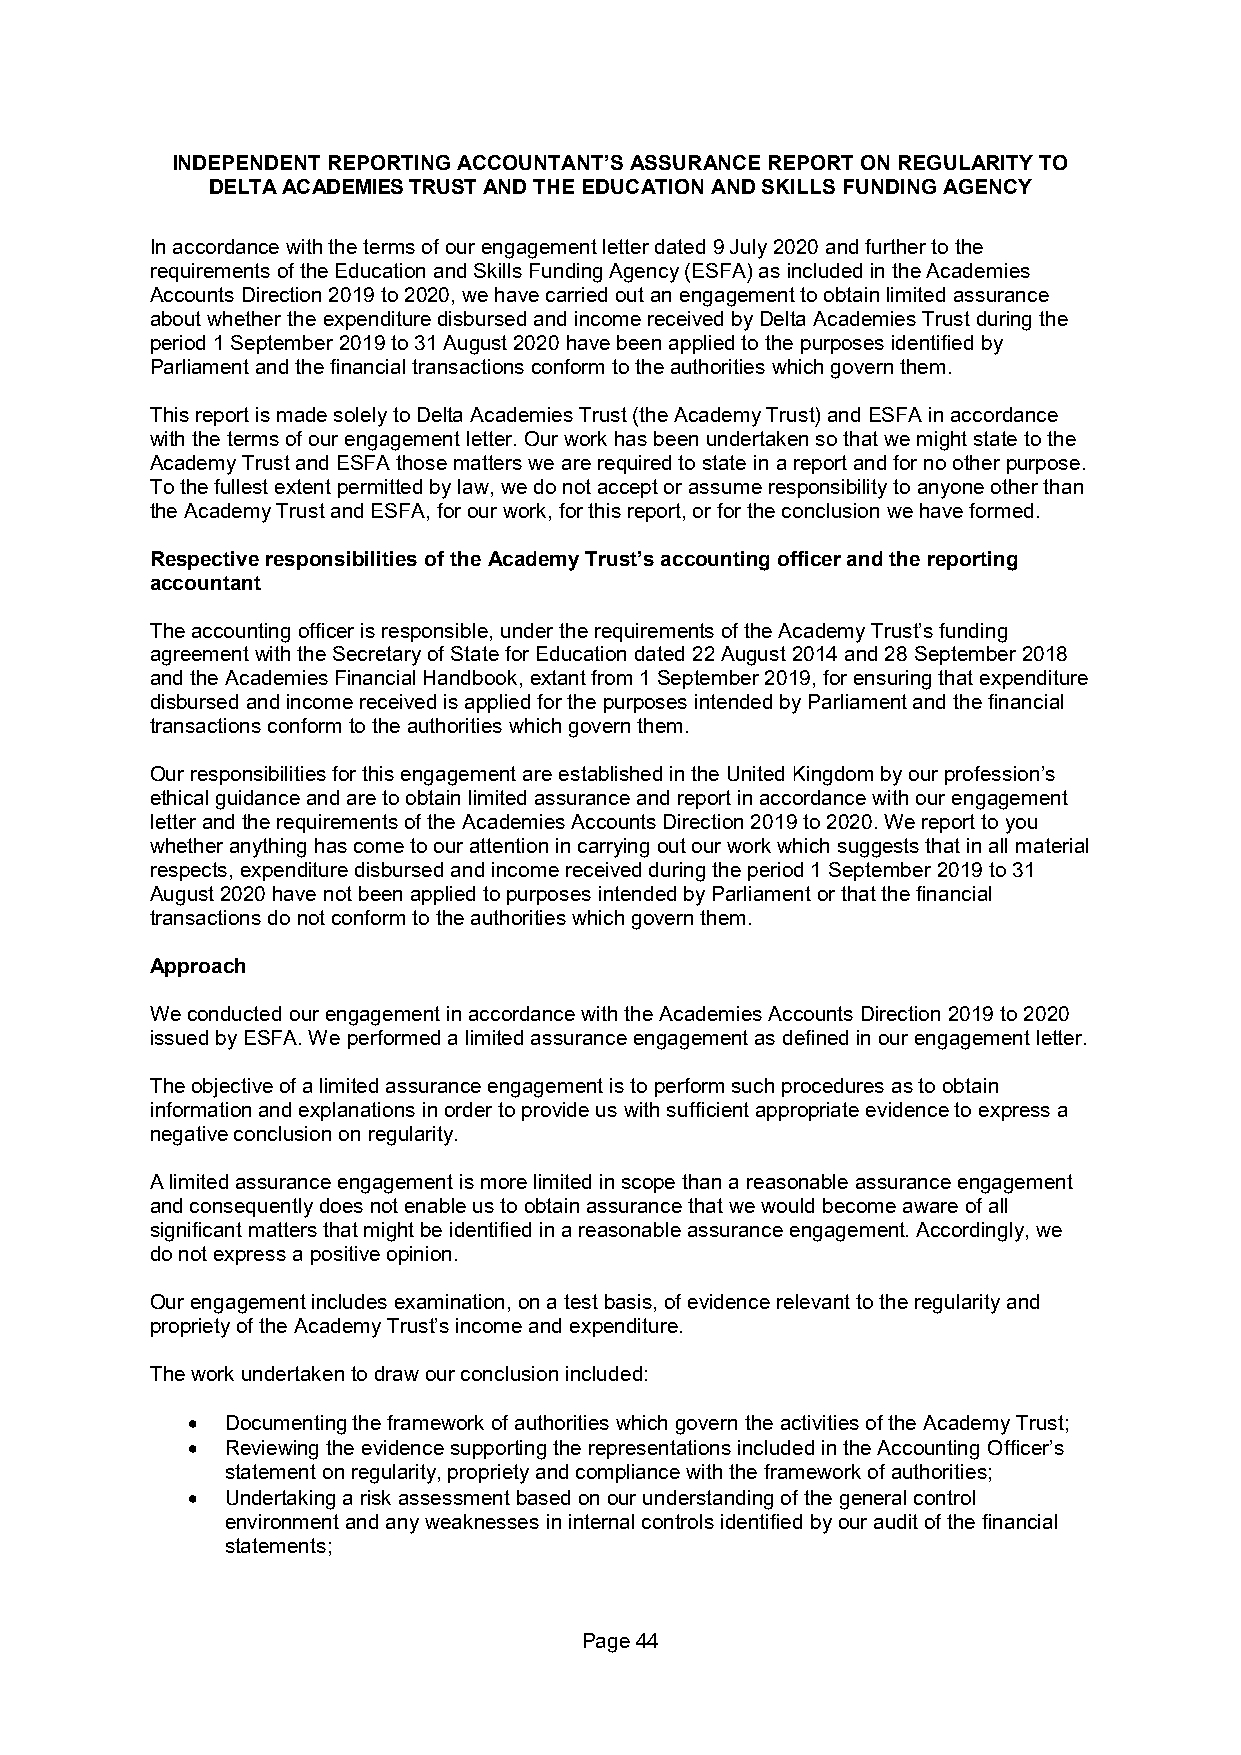
INDEPENDENT REPORTING ACCOUNTANT’S ASSURANCE REPORT ON REGULARITY TO
 DELTA ACADEMIES TRUST AND THE EDUCATION AND SKILLS FUNDING AGENCY
 In accordance with the terms of our engagement letter dated 9 July 2020 and further to the
 requirements of the Education and Skills Funding Agency (ESFA) as included in the Academies
 Accounts Direction 2019 to 2020, we have carried out an engagement to obtain limited assurance
 about whether the expenditure disbursed and income received by Delta Academies Trust during the
 period 1 September 2019 to 31 August 2020 have been applied to the purposes identified by
 Parliament and the financial transactions conform to the authorities which govern them.
 This report is made solely to Delta Academies Trust (the Academy Trust) and ESFA in accordance
 with the terms of our engagement letter. Our work has been undertaken so that we might state to the
 Academy Trust and ESFA those matters we are required to state in a report and for no other purpose.
 To the fullest extent permitted by law, we do not accept or assume responsibility to anyone other than
 the Academy Trust and ESFA, for our work, for this report, or for the conclusion we have formed.
 Respective responsibilities of the Academy Trust’s accounting officer and the reporting
 accountant
 The accounting officer is responsible, under the requirements of the Academy Trust’s funding
 agreement with the Secretary of State for Education dated 22 August 2014 and 28 September 2018
 and the Academies Financial Handbook, extant from 1 September 2019, for ensuring that expenditure
 disbursed and income received is applied for the purposes intended by Parliament and the financial
 transactions conform to the authorities which govern them.
 Our responsibilities for this engagement are established in the United Kingdom by our profession’s
 ethical guidance and are to obtain limited assurance and report in accordance with our engagement
 letter and the requirements of the Academies Accounts Direction 2019 to 2020. We report to you
 whether anything has come to our attention in carrying out our work which suggests that in all material
 respects, expenditure disbursed and income received during the period 1 September 2019 to 31
 August 2020 have not been applied to purposes intended by Parliament or that the financial
 transactions do not conform to the authorities which govern them.
 Approach
 We conducted our engagement in accordance with the Academies Accounts Direction 2019 to 2020
 issued by ESFA. We performed a limited assurance engagement as defined in our engagement letter.
 The objective of a limited assurance engagement is to perform such procedures as to obtain
 information and explanations in order to provide us with sufficient appropriate evidence to express a
 negative conclusion on regularity.
 A limited assurance engagement is more limited in scope than a reasonable assurance engagement
 and consequently does not enable us to obtain assurance that we would become aware of all
 significant matters that might be identified in a reasonable assurance engagement. Accordingly, we
 do not express a positive opinion.
 Our engagement includes examination, on a test basis, of evidence relevant to the regularity and
 propriety of the Academy Trust’s income and expenditure.
 The work undertaken to draw our conclusion included:
   Documenting the framework of authorities which govern the activities of the Academy Trust;
   Reviewing the evidence supporting the representations included in the Accounting Officer’s
 statement on regularity, propriety and compliance with the framework of authorities;
   Undertaking a risk assessment based on our understanding of the general control
 environment and any weaknesses in internal controls identified by our audit of the financial
 statements;
 Page 44